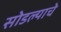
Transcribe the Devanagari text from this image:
सोडल्याचे